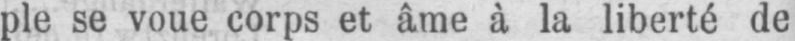
ple se voue corps et âme à la liberté de